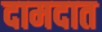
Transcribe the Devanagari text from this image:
दामदात